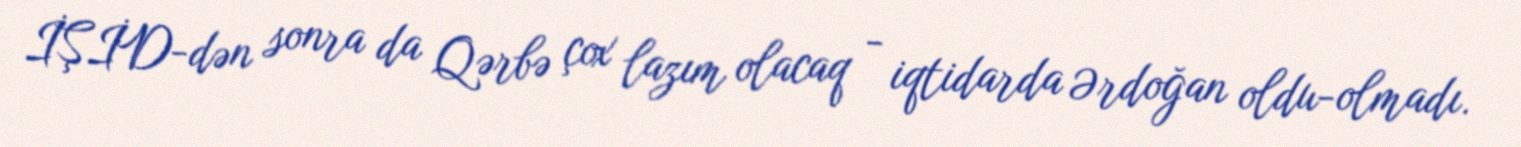
İŞİD-dən sonra da Qərbə çox lazım olacaq - iqtidarda Ərdoğan oldu-olmadı.